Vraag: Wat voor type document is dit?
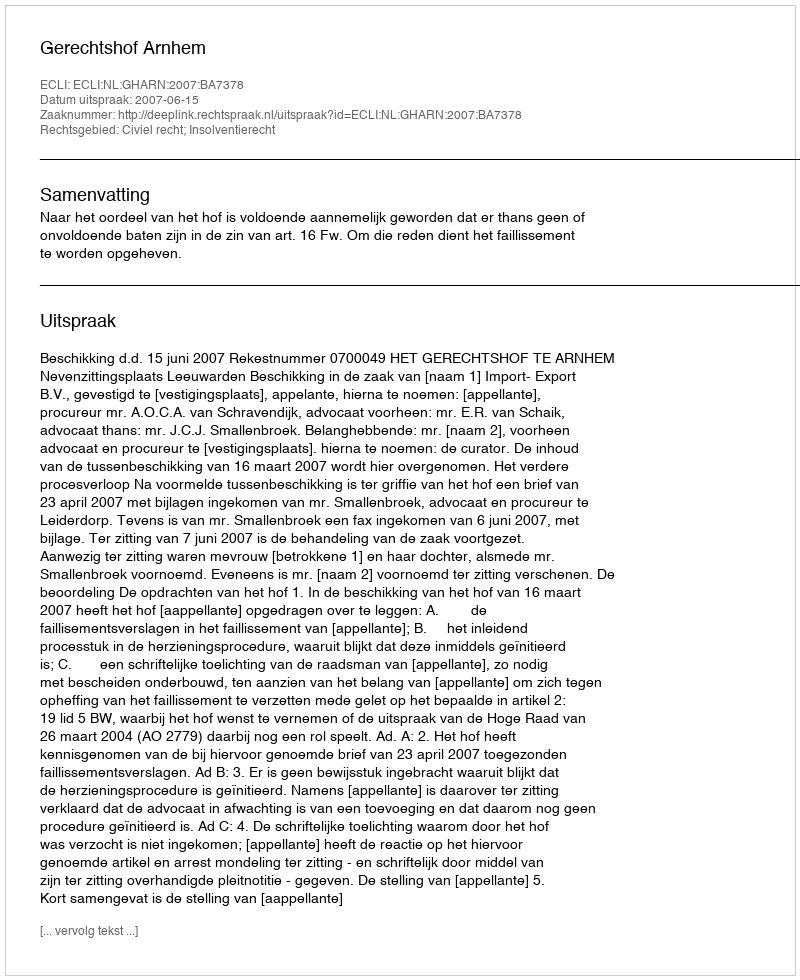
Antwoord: Uitspraak